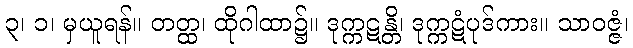
၃၊ ၁၊ မှယူရန်။ တတ္ထ၊ ထိုဂါထာ၌။ ဒုက္ကဋန္တိ၊ ဒုက္ကဋံပုဒ်ကား။ သာဝဇ္ဇံ၊